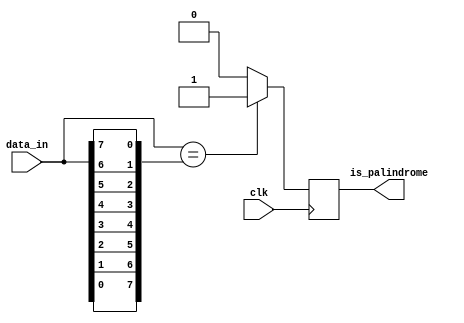
module palindrome_detector(
    input [7:0] data_in,
    input clk,
    output reg is_palindrome);

    integer i;
    reg [7:0] reversed_data;
    
    always @(*) begin
        for (i = 0; i < 8; i = i + 1) begin
            reversed_data[i] = data_in[7 - i];
        end
    end
    
    always @(posedge clk) begin
        if (data_in == reversed_data)
            is_palindrome <= 1;
        else
            is_palindrome <= 0;
    end

endmodule